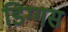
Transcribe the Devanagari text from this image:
डिग्गस